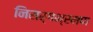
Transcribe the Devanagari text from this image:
निसर्गभ्रमण